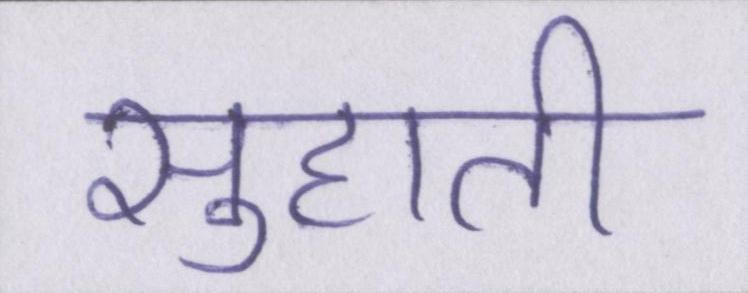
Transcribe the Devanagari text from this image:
सुहाती